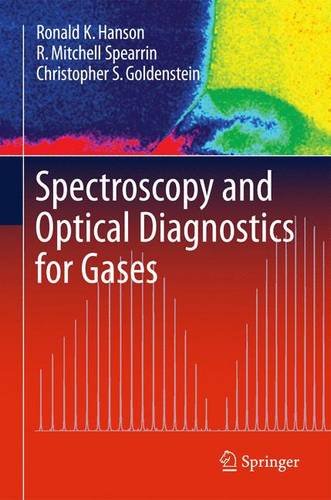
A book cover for Spectroscopy and Optical Diagnostics for Gases; Ronald K. Hanson; Science & Math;